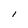
Character: I